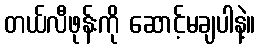
တယ်လီဖုန်းကို ဆောင့်မချပါနဲ့။